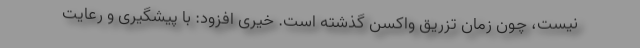
نیست، چون زمان تزریق واکسن گذشته است. خیری افزود: با پیشگیری‌ و رعایت